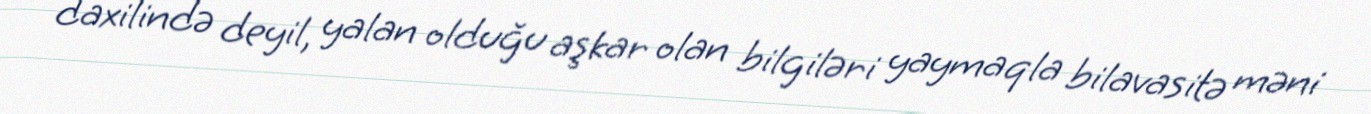
daxilində deyil, yalan olduğu aşkar olan bilgiləri yaymaqla bilavasitə məni